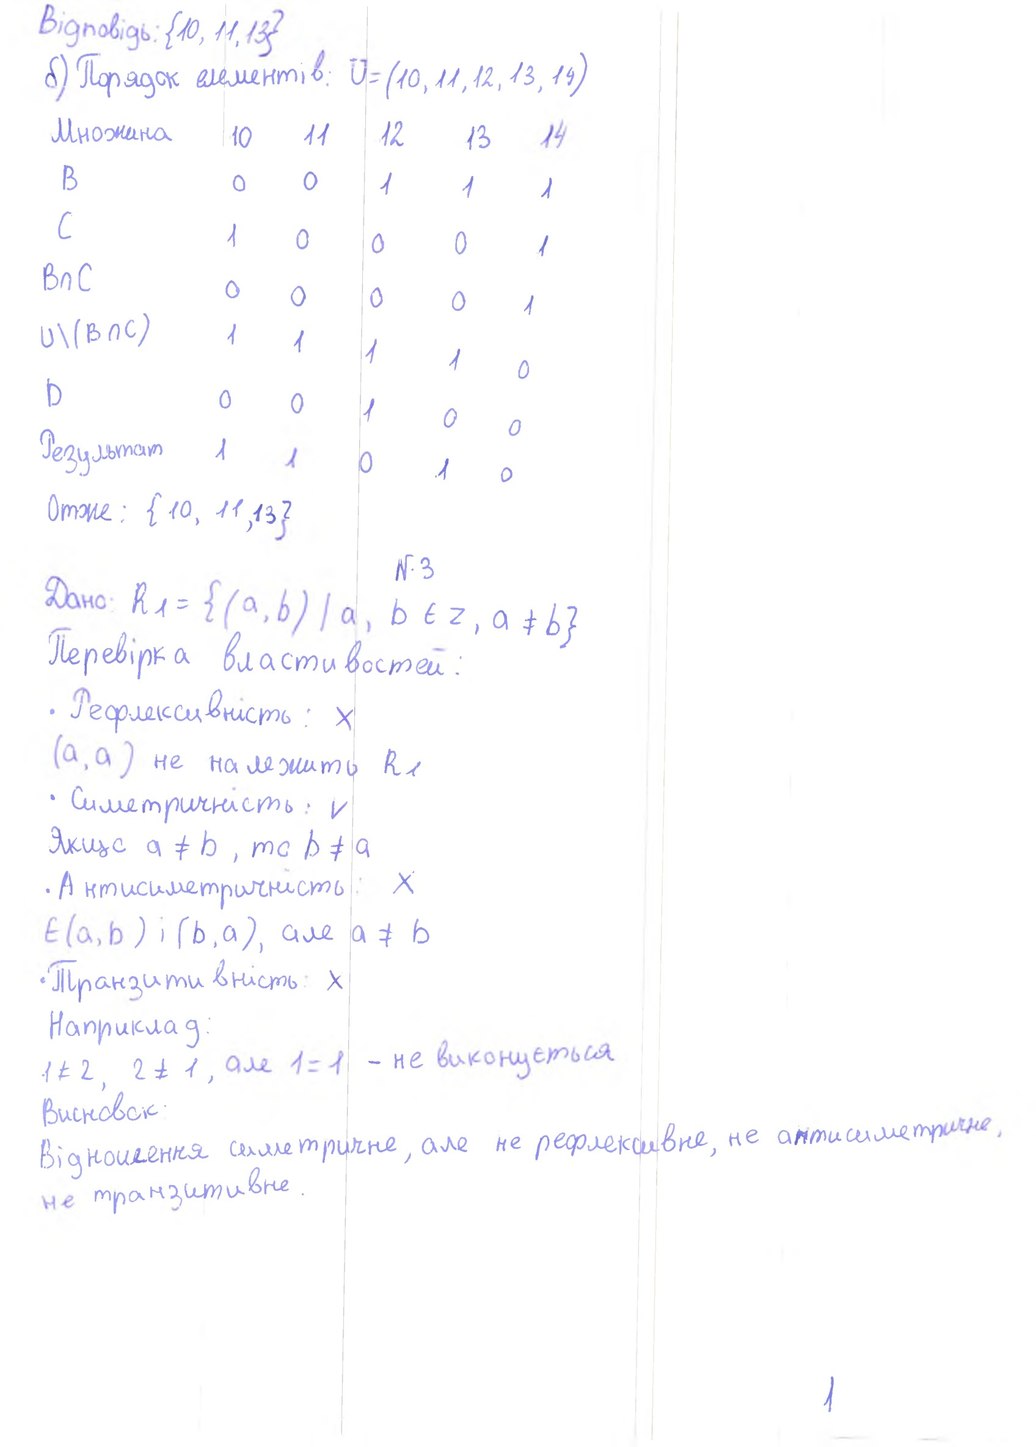
Відповідь: {10, 11, 13}
б) Порядок елементів: U = (10, 11, 12, 13, 14)
Множина | 10 | 11 | 12 | 13 | 14
B | 0 | 0 | 1 | 1 | 1
C | 1 | 0 | 0 | 0 | 1
B ∩ C | 0 | 1
U \ (B ∩ C) | 1 | 0
D | 0 | 0 | 1 | 0 | 0
Результат | 1 | 1 | 0 | 1 | 0
Отже: {10, 11, 13}
N. 3
Дано: R_1 = {(a, b) | a, b ∈ Z, a ≠ b}
Перевірка властивостей:
• Рефлексивність: x
(a, a) не належить R₁
• Симетричність: V
Якщо a ≠ b , то b ≠ a
• Антисиметричність : X
E(a,b) i (b,a), але a ≠ b
• Транзитивність: x
Наприклад:
1 ≠ 2, 2 ≠ 1, абе 1 = 1 - не виконується
Висновок:
Відношення симетричне, але не рефлексивне, не антисиметричне,
не транзитивне.
1